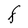
Character: F